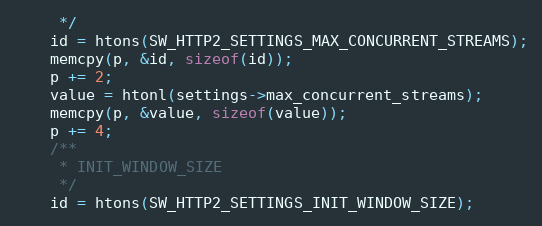
Language: C++
     */
    id = htons(SW_HTTP2_SETTINGS_MAX_CONCURRENT_STREAMS);
    memcpy(p, &id, sizeof(id));
    p += 2;
    value = htonl(settings->max_concurrent_streams);
    memcpy(p, &value, sizeof(value));
    p += 4;
    /**
     * INIT_WINDOW_SIZE
     */
    id = htons(SW_HTTP2_SETTINGS_INIT_WINDOW_SIZE);